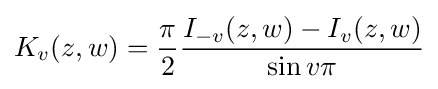
K_{v}(z,w)={\dfrac {\pi }{2}}{\dfrac {I_{-v}(z,w)-I_{v}(z,w)}{\sin v\pi }}